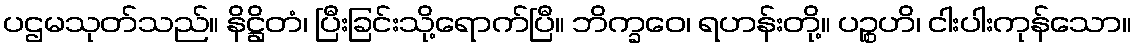
ပဌမသုတ်သည်။ နိဋ္ဌိတံ၊ ပြီးခြင်းသို့ရောက်ပြီ။ ဘိက္ခဝေ၊ ရဟန်းတို့။ ပဉ္စဟိ၊ ငါးပါးကုန်သော။